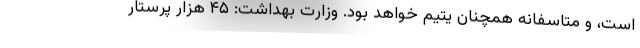
است، و متاسفانه همچنان یتیم خواهد بود. وزارت بهداشت: ۴۵ هزار پرستار